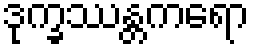
ဒုက္ခဿန္တကရော